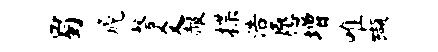
蜀篪磬爻赧揲浩愿增唯缬